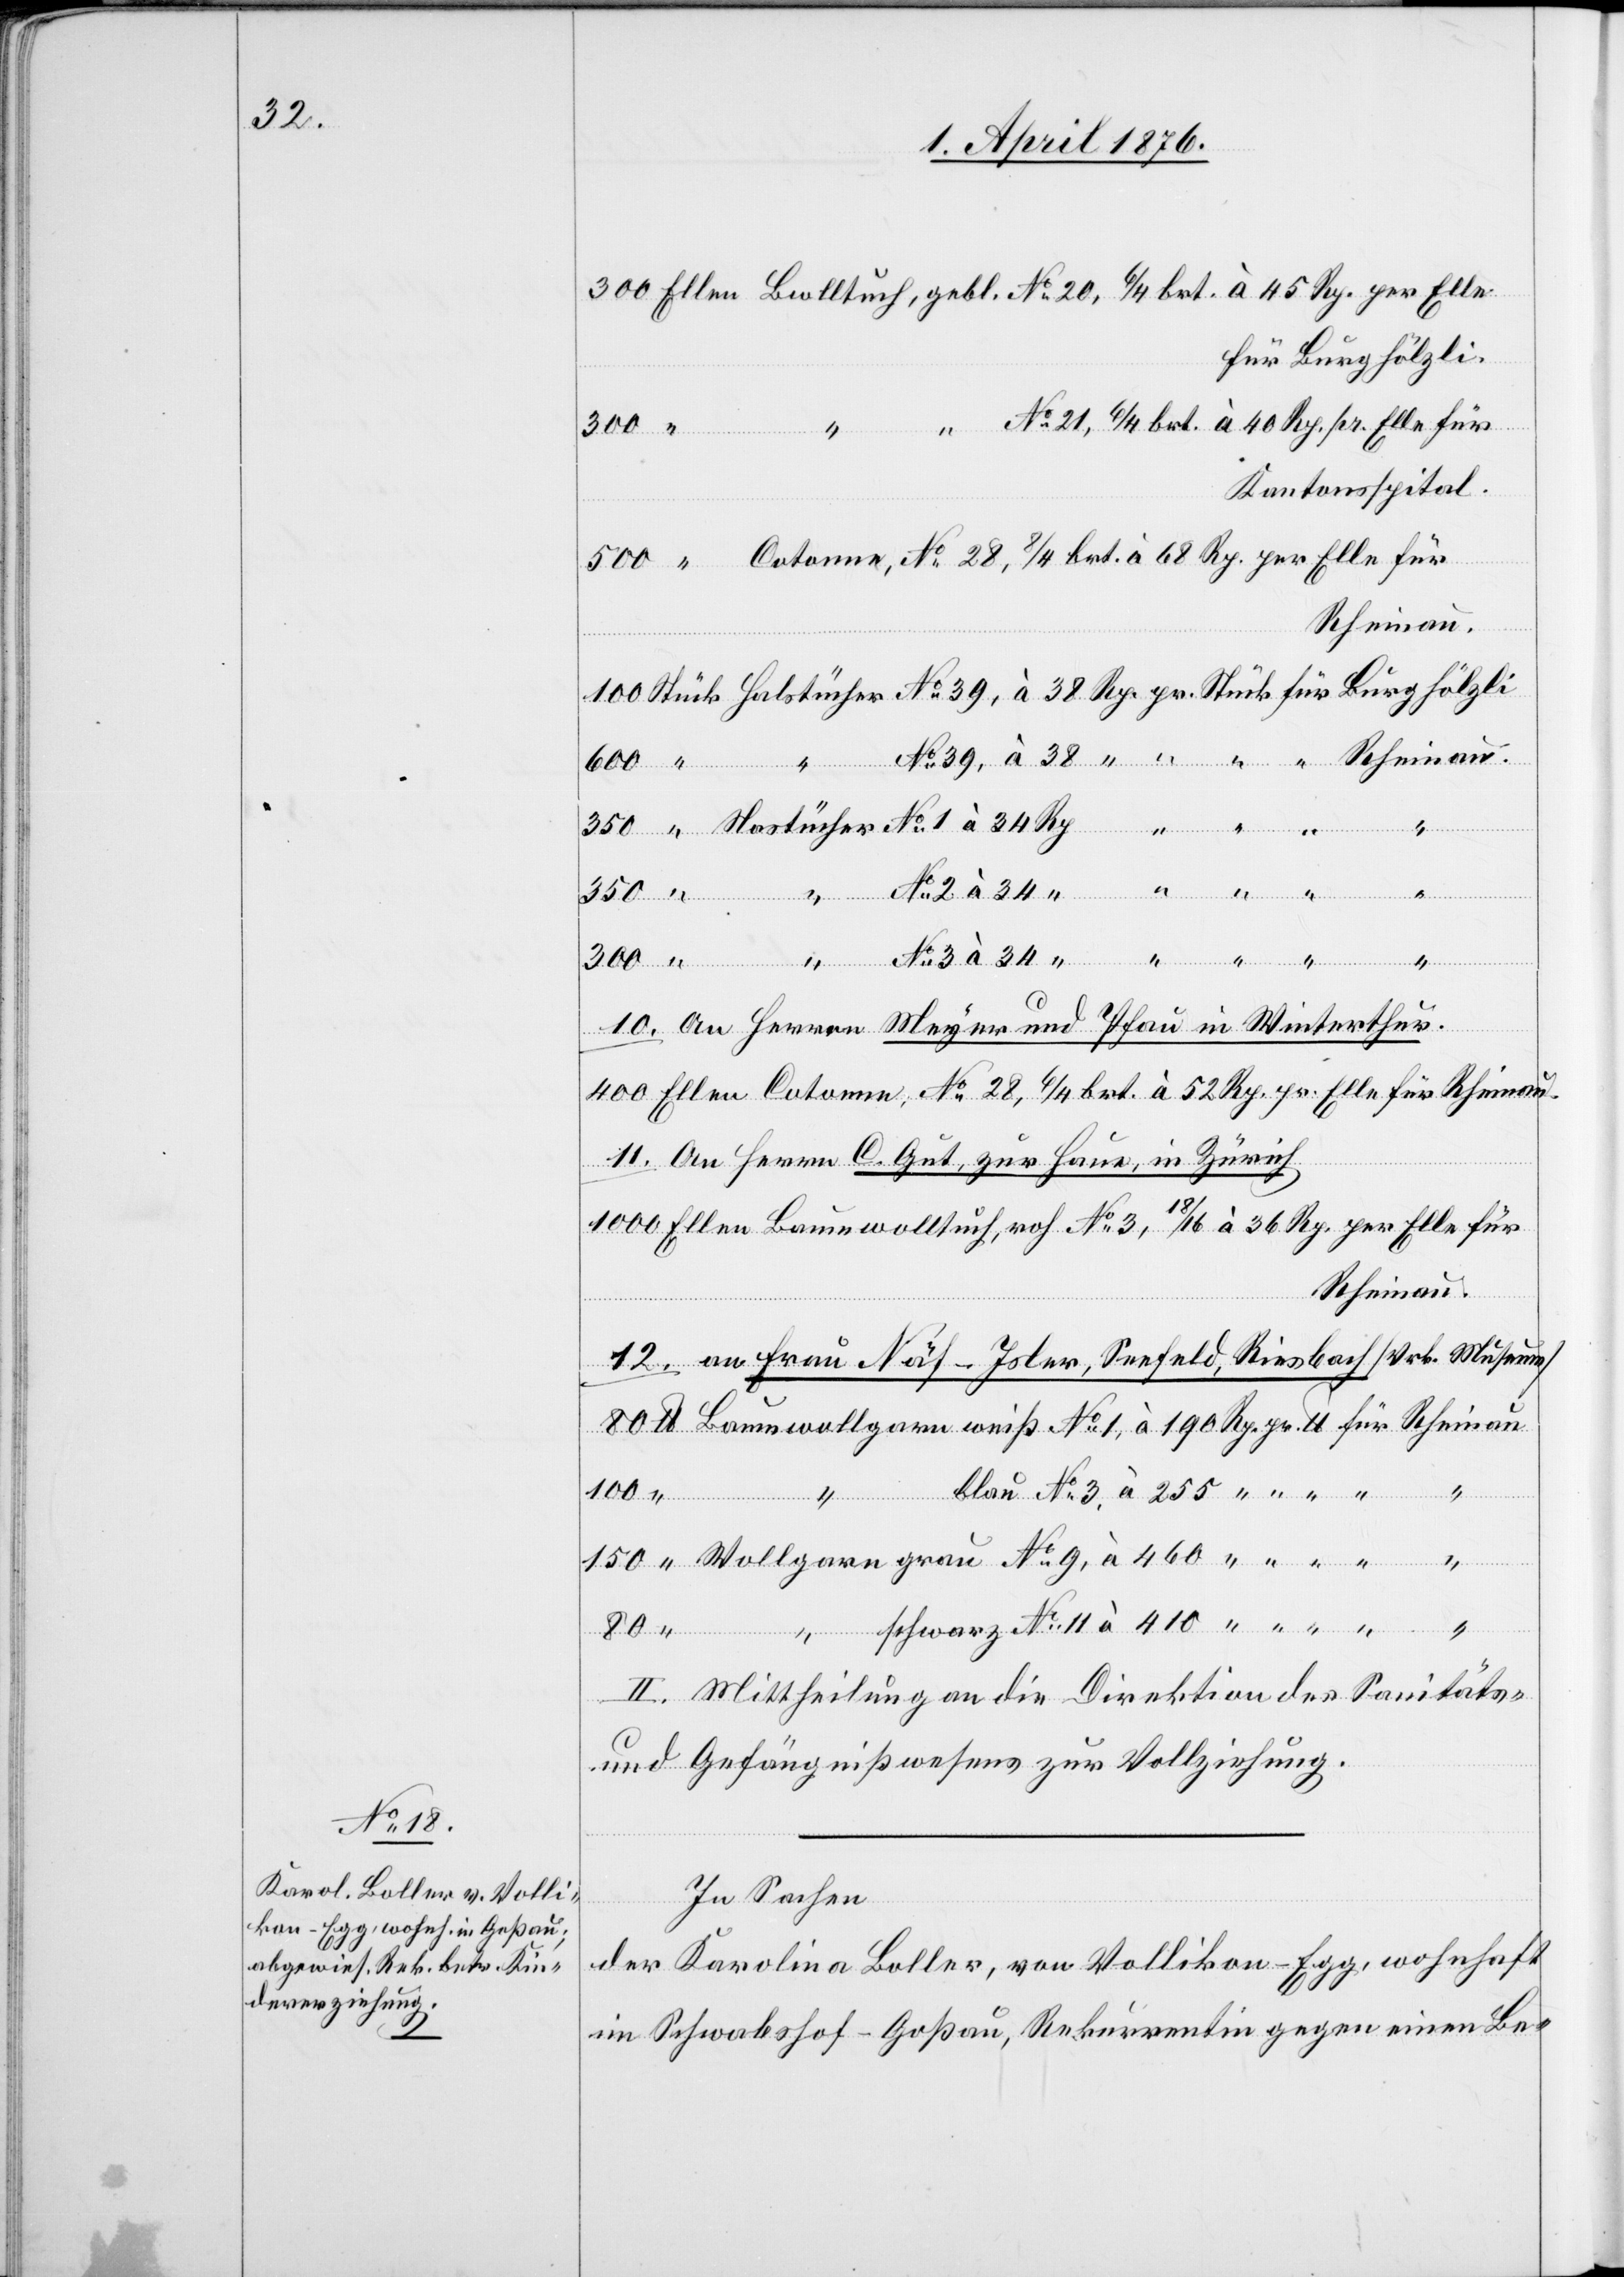
No 3

460
Kantonsspital.
zur Haue,
No 2
Wollgarn
grau
10. an Herren Meyer und Pfau in Winterthur.
11. an Herrn C. Gut, zur Haue, in Zürich.
Rheinau.
100
Baumwollg¬
“ “
80
II. Mittheilung an die Direktion des Sanitäts-
und Gefängnißwesens zur Vollziehung.
In Sachen
der Karolina Koller, von Vollikon-Egg, wohnhaft
in Schwabshof-Goßau, Rekurrentin gegen einen Be-

an